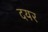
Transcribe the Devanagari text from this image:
दयर